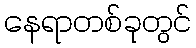
နေရာတစ်ခုတွင်